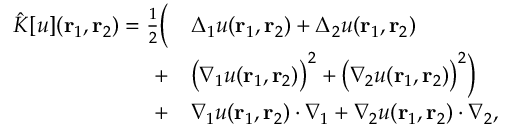
\begin{array} { r l } { \hat { K } [ u ] ( { \mathbf { r } _ { 1 } } , { \mathbf { r } _ { 2 } } ) = \frac { 1 } { 2 } \bigg ( } & { { } \Delta _ { 1 } u ( { \mathbf { r } _ { 1 } } , { \mathbf { r } _ { 2 } } ) + \Delta _ { 2 } u ( { \mathbf { r } _ { 1 } } , { \mathbf { r } _ { 2 } } ) } \\ { + } & { { } \big ( \nabla _ { 1 } u ( { \mathbf { r } _ { 1 } } , { \mathbf { r } _ { 2 } } ) \big ) ^ { 2 } + \big ( \nabla _ { 2 } u ( { \mathbf { r } _ { 1 } } , { \mathbf { r } _ { 2 } } ) \big ) ^ { 2 } \bigg ) } \\ { + } & { { } \nabla _ { 1 } u ( { \mathbf { r } _ { 1 } } , { \mathbf { r } _ { 2 } } ) \cdot \nabla _ { 1 } + \nabla _ { 2 } u ( { \mathbf { r } _ { 1 } } , { \mathbf { r } _ { 2 } } ) \cdot \nabla _ { 2 } , } \end{array}